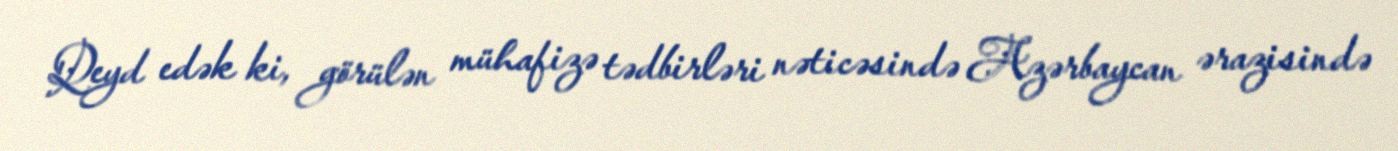
Qeyd edək ki, görülən mühafizə tədbirləri nəticəsində Azərbaycan ərazisində